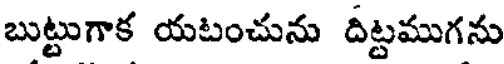
బుట్టుగాక యటంచును దిట్టముగను